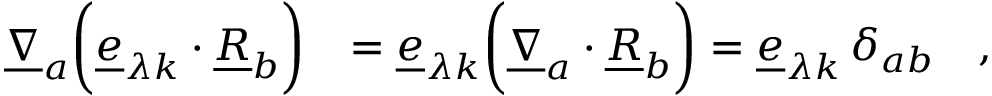
\begin{array} { r l } { \underline { { \nabla } } _ { a } \biggl ( \underline { { e } } _ { \lambda k } \cdot \underline { { R } } _ { b } \biggr ) } & { = \underline { { e } } _ { \lambda k } \biggl ( \underline { { \nabla } } _ { a } \cdot \underline { { R } } _ { b } \biggr ) = \underline { { e } } _ { \lambda k } \, \delta _ { a b } \quad , } \end{array}